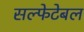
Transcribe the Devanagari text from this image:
सल्फेटेबल